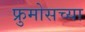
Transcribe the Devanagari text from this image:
फ्रुमोसच्या